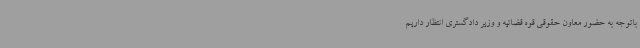
باتوجه به حضور معاون حقوقی قوه قضائیه و وزیر دادگستری انتظار داریم